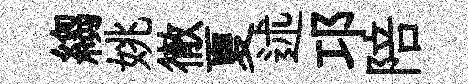
縐姚徹夏述邛陪